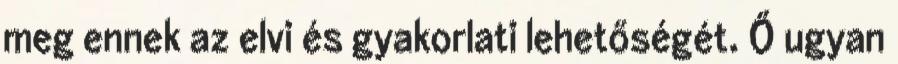
meg ennek az elvi és gyakorlati lehetőségét. Ő ugyan